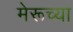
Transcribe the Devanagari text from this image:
मेरूच्या